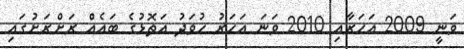
ވަނީ 2009 އަހަރާއި 2010 ވަނަ އަހަރު ހުވަދު އަތޮޅުުގެ ބައެއް ރަށްރަށުގައި